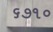
૬૭૧૦